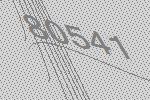
80541